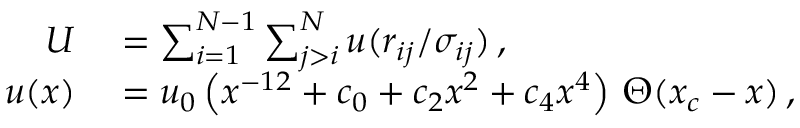
\begin{array} { r l } { U } & { { } = \sum _ { i = 1 } ^ { N - 1 } \sum _ { j > i } ^ { N } u ( r _ { i j } / \sigma _ { i j } ) \, , } \\ { u ( x ) } & { { } = u _ { 0 } \left( x ^ { - 1 2 } + c _ { 0 } + c _ { 2 } x ^ { 2 } + c _ { 4 } x ^ { 4 } \right) \, \Theta ( x _ { c } - x ) \, , } \end{array}